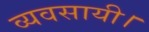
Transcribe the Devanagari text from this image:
व्यवसायी।